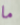
ما